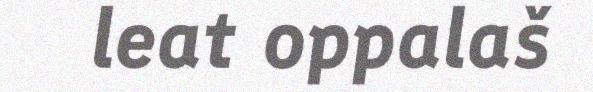
leat oppalaš